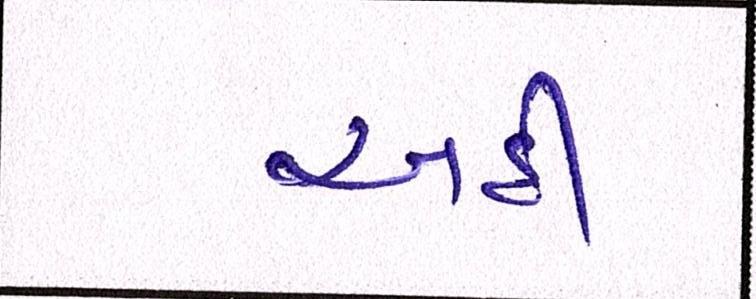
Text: અહીં